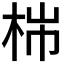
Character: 𣑹